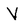
Character: V